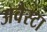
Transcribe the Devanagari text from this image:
अवैस्टा